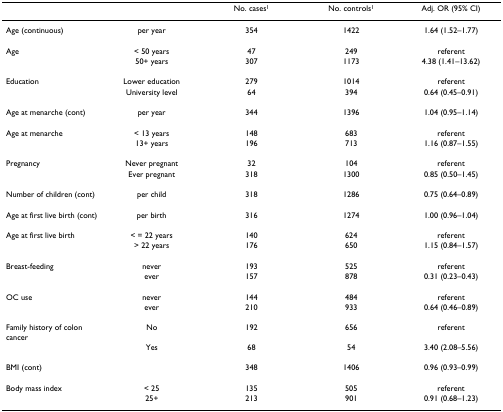
<table><thead><tr><td></td><td></td><td><b>No. cases<sup>1</sup></b></td><td><b>No. controls<sup>1</sup></b></td><td><b>Adj. OR (95% CI)</b></td></tr></thead><tbody><tr><td>Age (continuous)</td><td>per year</td><td>354</td><td>1422</td><td>1.64 (1.52–1.77)</td></tr><tr><td>Age</td><td>&lt; 50 years</td><td>47</td><td>249</td><td>referent</td></tr><tr><td></td><td>50+ years</td><td>307</td><td>1173</td><td>4.38 (1.41–13.62)</td></tr><tr><td>Education</td><td>Lower education</td><td>279</td><td>1014</td><td>referent</td></tr><tr><td></td><td>University level</td><td>64</td><td>394</td><td>0.64 (0.45–0.91)</td></tr><tr><td>Age at menarche (cont)</td><td>per year</td><td>344</td><td>1396</td><td>1.04 (0.95–1.14)</td></tr><tr><td>Age at menarche</td><td>&lt; 13 years</td><td>148</td><td>683</td><td>referent</td></tr><tr><td></td><td>13+ years</td><td>196</td><td>713</td><td>1.16 (0.87–1.55)</td></tr><tr><td>Pregnancy</td><td>Never pregnant</td><td>32</td><td>104</td><td>referent</td></tr><tr><td></td><td>Ever pregnant</td><td>318</td><td>1300</td><td>0.85 (0.50–1.45)</td></tr><tr><td>Number of children (cont)</td><td>per child</td><td>318</td><td>1286</td><td>0.75 (0.64–0.89)</td></tr><tr><td>Age at first live birth (cont)</td><td>per birth</td><td>316</td><td>1274</td><td>1.00 (0.96–1.04)</td></tr><tr><td>Age at first live birth</td><td>&lt; = 22 years</td><td>140</td><td>624</td><td>referent</td></tr><tr><td></td><td>&gt; 22 years</td><td>176</td><td>650</td><td>1.15 (0.84–1.57)</td></tr><tr><td>Breast-feeding</td><td>never</td><td>193</td><td>525</td><td>referent</td></tr><tr><td></td><td>ever</td><td>157</td><td>878</td><td>0.31 (0.23–0.43)</td></tr><tr><td>OC use</td><td>never</td><td>144</td><td>484</td><td>referent</td></tr><tr><td></td><td>ever</td><td>210</td><td>933</td><td>0.64 (0.46–0.89)</td></tr><tr><td>Family history of colon cancer</td><td>No</td><td>192</td><td>656</td><td>referent</td></tr><tr><td></td><td>Yes</td><td>68</td><td>54</td><td>3.40 (2.08–5.56)</td></tr><tr><td>BMI (cont)</td><td></td><td>348</td><td>1406</td><td>0.96 (0.93–0.99)</td></tr><tr><td>Body mass index</td><td>&lt; 25</td><td>135</td><td>505</td><td>referent</td></tr><tr><td></td><td>25+</td><td>213</td><td>901</td><td>0.91 (0.68–1.23)</td></tr></tbody></table>